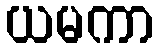
ယမကာ